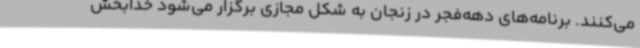
می‌کنند. برنامه‌های دهه‌فجر در زنجان به شکل مجازی برگزار می‌شود خدابخش